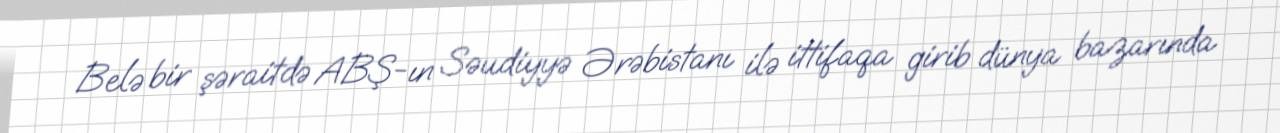
Belə bir şəraitdə ABŞ-ın Səudiyyə Ərəbistanı ilə ittifaqa girib dünya bazarında